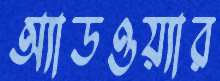
অ্যাডওয়্যার